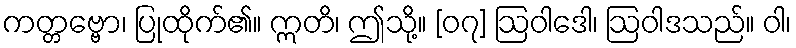
ကတ္တဗ္ဗော၊ ပြုထိုက်၏။ ဣတိ၊ ဤသို့။ [၀၇] ဩဝါဒေါ၊ ဩဝါဒသည်။ ဝါ၊